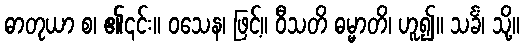
ဓာတုယာ စ၊ ၏၎င်း။ ဝသေန၊ ဖြင့်။ ဝီသတိ ဓမ္မာတိ၊ ဟူ၍။ သင်္ခံ၊ သို့။